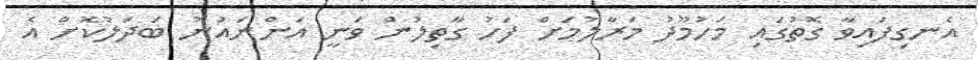
އެނގިފައިވާ ގޮތުގައި މަހުމޫދު މަރާލުމަށް ފަހު ގާތިލުން ވަނީ އަންނައުނު ބަދަލުކޮށް އެ